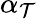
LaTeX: \alpha_{\mathcal{T}}